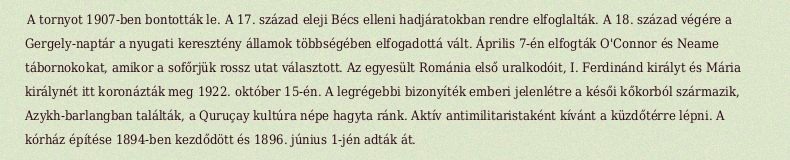
A tornyot 1907-ben bontották le. A 17. század eleji Bécs elleni hadjáratokban rendre elfoglalták. A 18. század végére a Gergely-naptár a nyugati keresztény államok többségében elfogadottá vált. Április 7-én elfogták O'Connor és Neame tábornokokat, amikor a sofőrjük rossz utat választott. Az egyesült Románia első uralkodóit, I. Ferdinánd királyt és Mária királynét itt koronázták meg 1922. október 15-én. A legrégebbi bizonyíték emberi jelenlétre a késői kőkorból származik, Azykh-barlangban találták, a Quruçay kultúra népe hagyta ránk. Aktív antimilitaristaként kívánt a küzdőtérre lépni. A kórház építése 1894-ben kezdődött és 1896. június 1-jén adták át.